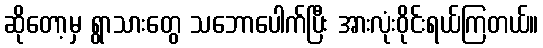
ဆိုတော့မှ ရွာသားတွေ သဘောပေါက်ပြီး အားလုံးဝိုင်းရယ်ကြတယ်။